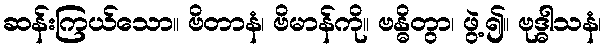
ဆန်းကြယ်သော။ ဗိတာနံ၊ ဗိမာန်ကို။ ဗန္ဓိတွာ၊ ဖွဲ့၍။ ဗုဒ္ဓါသနံ၊